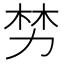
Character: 𫦯